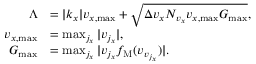
\begin{array} { r l } { \Lambda } & { = | k _ { x } | v _ { x , \operatorname* { m a x } } + \sqrt { \Delta v _ { x } N _ { v _ { x } } v _ { x , \operatorname* { m a x } } G _ { \operatorname* { m a x } } } , } \\ { v _ { x , \operatorname* { m a x } } } & { = \operatorname* { m a x } _ { j _ { x } } | v _ { j _ { x } } | , } \\ { G _ { \operatorname* { m a x } } } & { = \operatorname* { m a x } _ { j _ { x } } | v _ { j _ { x } } f _ { \mathrm { M } } ( v _ { v _ { j _ { x } } } ) | . } \end{array}